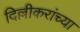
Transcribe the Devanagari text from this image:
दिल्लीकरांच्या